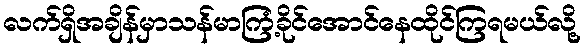
လက်ရှိအချိန်မှာသန်မာကြံ့ခိုင်အောင်နေထိုင်ကြရမယ်လို့